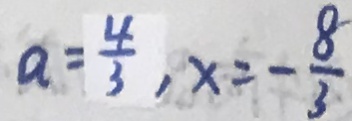
a = \frac { 4 } { 3 } , x = - \frac { 8 } { 3 }